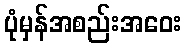
ပုံမှန်အစည်းအဝေး